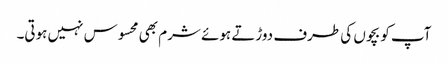
آپ کو بچوں کی طرف دوڑتے ہوئے شرم بھی محسوس نہیں ہوتی۔